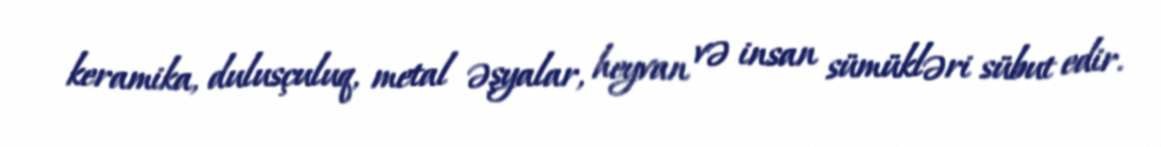
keramika, dulusçuluq, metal əşyalar, heyvan və insan sümükləri sübut edir.